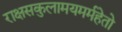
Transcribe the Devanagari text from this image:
राक्षसकुलामयमर्महेतो